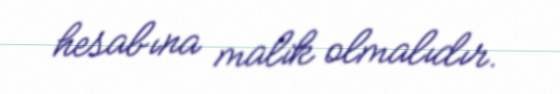
hesabına malik olmalıdır.